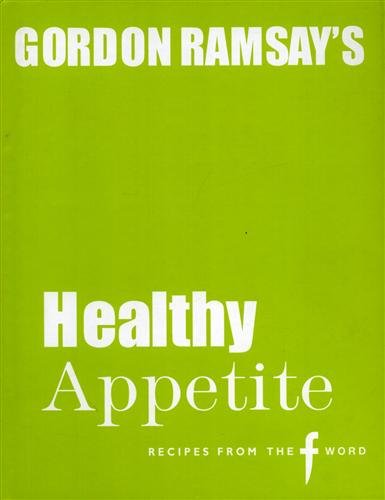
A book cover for Gordon Ramsay's Healthy Appetite; Gordon Ramsay; Cookbooks, Food & Wine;